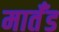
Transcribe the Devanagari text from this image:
मार्तँड